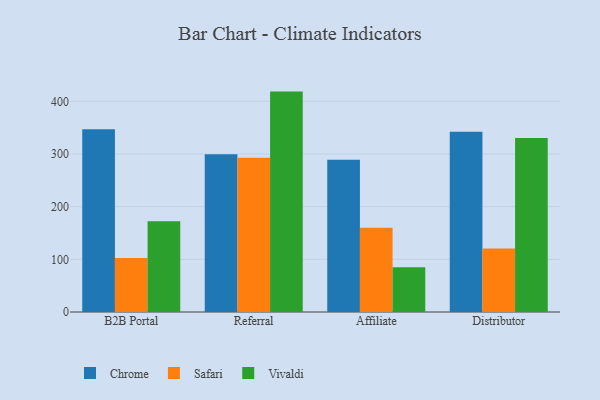
{"axis": {"x": "Channel", "y": "Conversion Rate (%)"}, "legend": ["Chrome", "Safari", "Vivaldi"], "data": [{"x": "B2B Portal", "y": 347.0, "type": "Chrome"}, {"x": "B2B Portal", "y": 102.6, "type": "Safari"}, {"x": "B2B Portal", "y": 172.5, "type": "Vivaldi"}, {"x": "Referral", "y": 299.5, "type": "Chrome"}, {"x": "Referral", "y": 293.0, "type": "Safari"}, {"x": "Referral", "y": 418.5, "type": "Vivaldi"}, {"x": "Affiliate", "y": 288.9, "type": "Chrome"}, {"x": "Affiliate", "y": 159.8, "type": "Safari"}, {"x": "Affiliate", "y": 84.9, "type": "Vivaldi"}, {"x": "Distributor", "y": 342.1, "type": "Chrome"}, {"x": "Distributor", "y": 120.4, "type": "Safari"}, {"x": "Distributor", "y": 330.3, "type": "Vivaldi"}]}